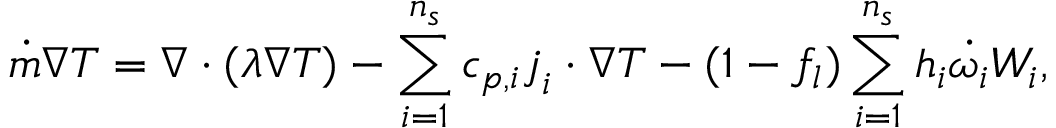
\dot { m } \nabla T = \nabla \cdot ( \lambda \nabla T ) - \sum _ { i = 1 } ^ { n _ { s } } c _ { p , i } \boldsymbol { j } _ { i } \cdot \nabla { T } - ( 1 - f _ { l } ) \sum _ { i = 1 } ^ { n _ { s } } h _ { i } \dot { \omega _ { i } } W _ { i } ,